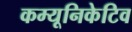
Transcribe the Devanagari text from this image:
कम्यूनिकेटिव